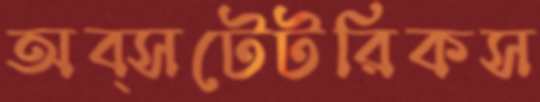
অব্সটেটরিকস